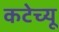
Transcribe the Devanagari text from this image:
कटेच्यू